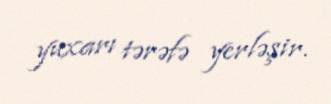
yuxarı tərəfə yerləşir.